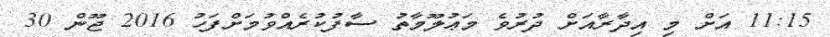
11:15 އަށް މި އިދާރާއަށް ދުރުވެ މަޢުލޫމާތު ސާފުކުރެއްވުމަށްފަހު 2016 ޖޫން 30